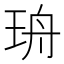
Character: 珘